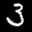
Label: 3